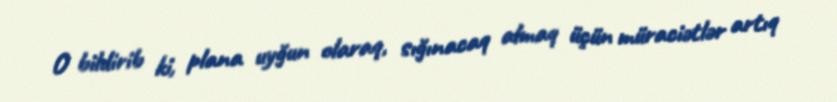
O bildirib ki, plana uyğun olaraq, sığınacaq almaq üçün müraciətlər artıq